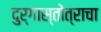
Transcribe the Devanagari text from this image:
दुर्गास्तोत्राचा